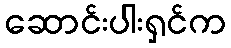
ဆောင်းပါးရှင်က